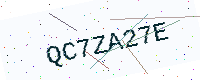
Text: QC7ZA27E